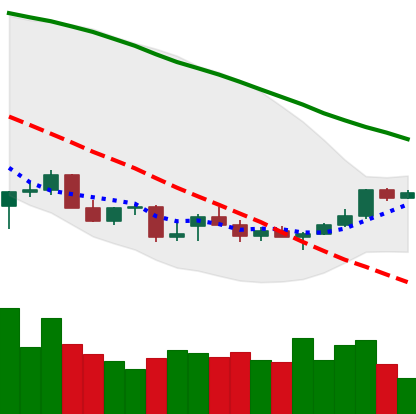
Ticker: NEO-USD
Chart end date: 2021-12-25
Forward return: -11.222%
Label: down_7plus